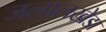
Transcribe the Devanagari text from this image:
जलालखेडा